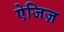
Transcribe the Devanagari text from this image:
ऐजिज़